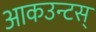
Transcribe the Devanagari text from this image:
आकउन्टस्